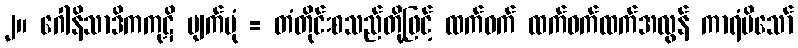
၂။ ဂေါနိသာဒိကကုဋိ ပျက်ပုံ = တံတိုင်းစသည်တို့ဖြင့် ထက်ဝက် ထက်ဝက်ထက်အလွန် ကာရံမိသော်